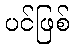
ပင်ဖြစ်